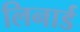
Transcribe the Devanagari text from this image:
लिनार्ड